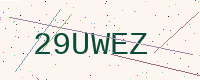
Text: 29UWEZ